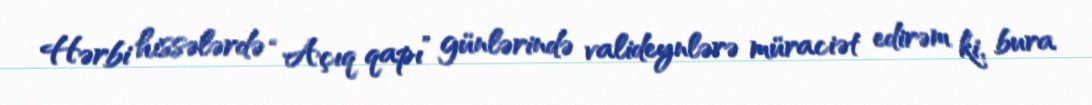
Hərbi hissələrdə “Açıq qapı” günlərində valideynlərə müraciət edirəm ki, bura